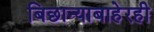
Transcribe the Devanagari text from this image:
बिछान्याबाहेरही